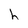
Character: h